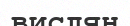
вислян